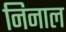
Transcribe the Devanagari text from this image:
निनाल